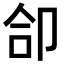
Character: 𪠁